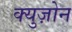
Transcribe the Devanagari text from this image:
क्युज़ोन